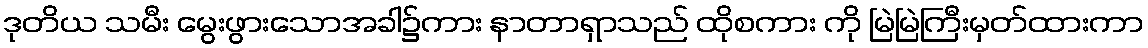
ဒုတိယ သမီး မွေးဖွားသောအခါ၌ကား နာတာရှာသည် ထိုစကား ကို မြဲမြဲကြီးမှတ်ထားကာ